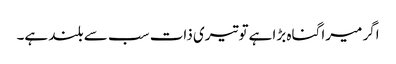
اگر میرا گناہ بڑا ہےتو تیری ذات سب سے بلند ہے۔